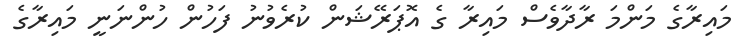
މައިރާގެ މަންމަ ރާދާވެސް މައިރާ ގެ އޮޕަރޭޝަން ކުރެވުނު ފަހުން ހުންނަނީ މައިރާގެ